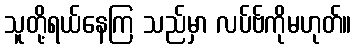
သူတို့ရယ်နေကြ သည်မှာ လပ်ဗ်ကိုမဟုတ်။